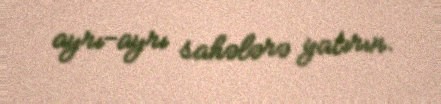
ayrı-ayrı sahələrə yatırın.